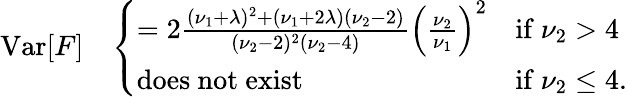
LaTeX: \operatorname{Var}[F]\quad{\left\{ \begin{array}{ll}{=2{\frac{(\nu_{1}+\lambda)^{2}+(\nu_{1}+2\lambda)(\nu_{2}-2)}{(\nu_{2}-2)^{2}(\nu_{2}-4)}}\left({\frac{\nu_{2}}{\nu_{1}}}\right)^{2}}&{{\mathrm{if~}}\nu_{2}>4}\\ {{\mathrm{does~not~exist}}}&{{\mathrm{if~}}\nu_{2}\leq 4.}\end{array}\right.}